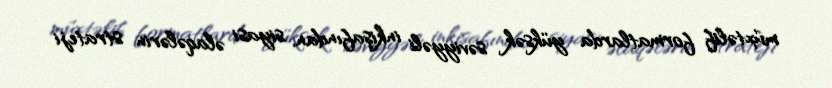
müxtəlif formatlarda yüksək səviyyəli inkişafından, siyasi əlaqələrin strateji